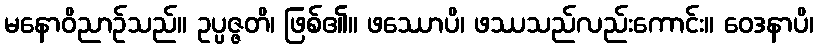
မနောဝိညာဉ်သည်။ ဥပ္ပဇ္ဇတိ၊ ဖြစ်၏။ ဖဿောပိ၊ ဖဿသည်လည်းကောင်း။ ဝေဒနာပိ၊